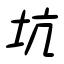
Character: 坑